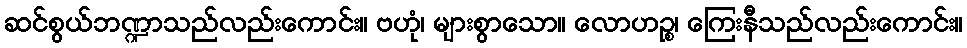
ဆင်စွယ်ဘဏ္ဍာသည်လည်းကောင်း။ ဗဟုံ၊ များစွာသော။ လောဟဉ္စ၊ ကြေးနီသည်လည်းကောင်း။